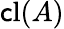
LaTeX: \operatorname{\mathsf{c}l}(A)